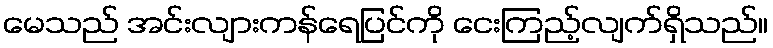
မေသည် အင်းလျားကန်ရေပြင်ကို ငေးကြည့်လျက်ရှိသည်။